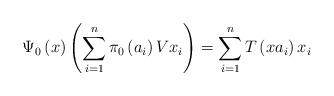
LaTeX: \begin{align*}\Psi_0\left( x\right) \left( \sum\limits_{i=1}^{n}\pi_0\left(a_{i}\right) V{x} _{i}\right) =\sum\limits_{i=1}^{n}T \left(xa_{i}\right) {x}_{i} \end{align*}